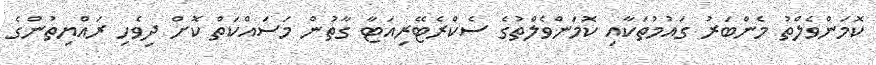
ކޮމަންވެލްތު މެންބަރު ގައުމުތަކާއި ކޮމަންވެލްތުގެ ސެކްރެޓޭރިއަޓާ ގާތުން މަސައްކަތް ކޮށް ދިވެހި ރައްޔިތުންގެ